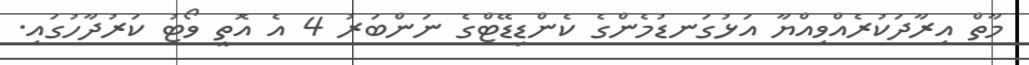
މާތް އިރާދަކުރެއްވިއްޔާ އަޅުގަނޑުމެންގެ ކެންޑިޑޭޓްގެ ނަންބަރު 4 އެ އޮތީ ވޯޓު ކަރުދާހުގައި.